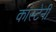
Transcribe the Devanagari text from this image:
कास्टेनी